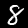
Label: 8